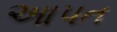
આપત